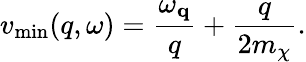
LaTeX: v_{\mathrm{min}}(q,\omega)=\frac{\omega_{\mathbf{q}}}{q}+\frac{q}{2m_{\chi}}.